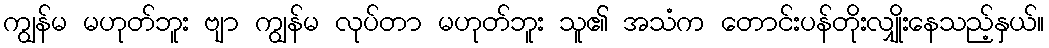
ကျွန်မ မဟုတ်ဘူး ဗျာ ကျွန်မ လုပ်တာ မဟုတ်ဘူး သူ၏ အသံက တောင်းပန်တိုးလျှိုးနေသည့်နှယ်။